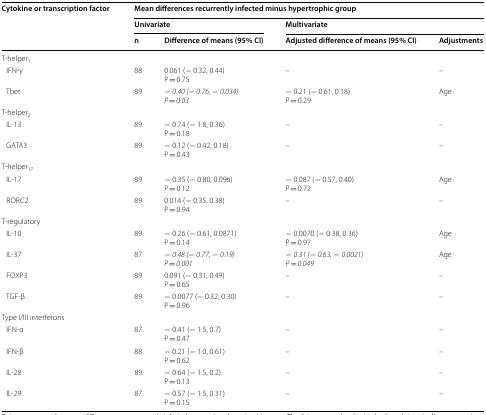
<table><thead><tr><td rowspan="3"><b>Cytokine or transcription factor</b></td><td colspan="4"><b>Mean differences recurrently infected minus hypertrophic group</b></td></tr><tr><td colspan="2"><b>Univariate</b></td><td colspan="2"><b>Multivariate</b></td></tr><tr><td><b>n</b></td><td><b>Difference of means (95% CI)</b></td><td><b>Adjusted difference of means (95% CI)</b></td><td><b>Adjustments</b></td></tr></thead><tbody><tr><td colspan="5">T-helper<sub>1</sub></td></tr><tr><td> IFN-γ</td><td>88</td><td>0.061 (− 0.32, 0.44)P = 0.75</td><td>–</td><td>–</td></tr><tr><td> Tbet</td><td>89</td><td>− <i>0.40 (</i>− <i>0.76,</i> − <i>0.034)</i><i>P </i>= <i>0.03</i></td><td>− 0.21 (− 0.61, 0.18)P = 0.29</td><td>Age</td></tr><tr><td colspan="5">T-helper<sub>2</sub></td></tr><tr><td> IL-13</td><td>89</td><td>− 0.74 (− 1.8, 0.36)P = 0.18</td><td>–</td><td>–</td></tr><tr><td> GATA3</td><td>89</td><td>− 0.12 (− 0.42, 0.18)P = 0.43</td><td>–</td><td>–</td></tr><tr><td colspan="5">T-helper<sub>17</sub></td></tr><tr><td> IL-17</td><td>89</td><td>− 0.35 (− 0.80, 0.096)P = 0.12</td><td>− 0.087 (− 0.57, 0.40)P = 0.72</td><td>Age</td></tr><tr><td> RORC2</td><td>89</td><td>0.014 (− 0.35, 0.38)P = 0.94</td><td>–</td><td>–</td></tr><tr><td colspan="5">T-regulatory</td></tr><tr><td> IL-10</td><td>89</td><td>− 0.26 (− 0.61, 0.0871)P = 0.14</td><td>− 0.0070 (− 0.38, 0.36)P = 0.97</td><td>Age</td></tr><tr><td> IL-37</td><td>87</td><td>− <i>0.48 (</i>− <i>0.77,</i> − <i>0.19)</i><i>P </i>= <i>0.001</i></td><td>− <i>0.31 (</i>− <i>0.63,</i> − <i>0.0021)</i><i>P </i>= <i>0.049</i></td><td>Age</td></tr><tr><td> FOXP3</td><td>89</td><td>0.091 (− 0.31, 0.49)P = 0.65</td><td>–</td><td>–</td></tr><tr><td> TGF-β</td><td>89</td><td>− 0.0077 (− 0.32, 0.30)P = 0.96</td><td>–</td><td>–</td></tr><tr><td colspan="5">Type I/III interferons</td></tr><tr><td> IFN-α</td><td>87</td><td>− 0.41 (− 1.5, 0.7)P = 0.47</td><td>–</td><td>–</td></tr><tr><td> IFN-β</td><td>88</td><td>− 0.21 (− 1.0, 0.61)P = 0.62</td><td>–</td><td>–</td></tr><tr><td> IL-28</td><td>89</td><td>− 0.64 (− 1.5, 0.2)P = 0.13</td><td>–</td><td>–</td></tr><tr><td> IL-29</td><td>87</td><td>− 0.57 (− 1.5, 0.31)P = 0.15</td><td>–</td><td>–</td></tr></tbody></table>